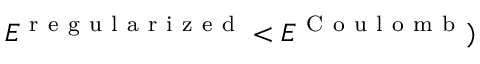
E ^ { \mathrm { ~ r ~ e ~ g ~ u ~ l ~ a ~ r ~ i ~ z ~ e ~ d ~ } } < E ^ { \mathrm { ~ C ~ o ~ u ~ l ~ o ~ m ~ b ~ } } )